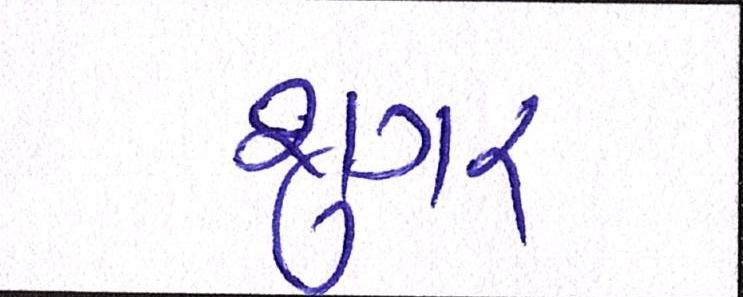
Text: શુગર